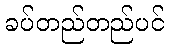
ခပ်တည်တည်ပင်